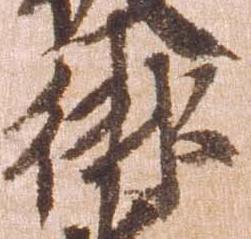
御